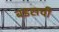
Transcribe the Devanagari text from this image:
बडसची